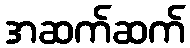
အဆက်ဆက်